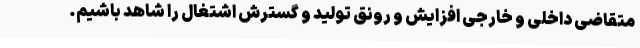
متقاضی داخلی و خارجی افزایش و رونق تولید و گسترش اشتغال را شاهد باشیم.